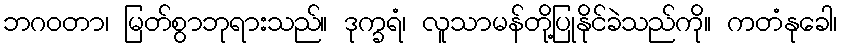
ဘဂဝတာ၊ မြတ်စွာဘုရားသည်။ ဒုက္ခရံ၊ လူသာမန်တို့ပြုနိုင်ခဲသည်ကို။ ကတံနုခေါ၊